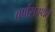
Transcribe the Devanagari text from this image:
वर्णसंस्थेत